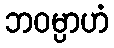
ဘဝမ္ပာဟံ